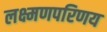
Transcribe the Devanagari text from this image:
लक्ष्मणपरिणय